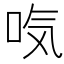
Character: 𰇜